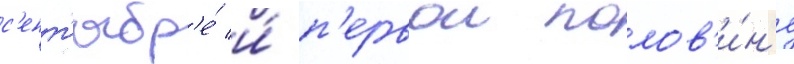
с'ент'ябр'е́ и́ п'ервои полов'и́н'е